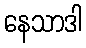
နေသာဒါ